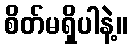
စိတ်မရှိပါနဲ့။